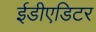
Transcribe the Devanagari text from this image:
ईडीएडिटर